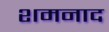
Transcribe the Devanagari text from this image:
शमनाद